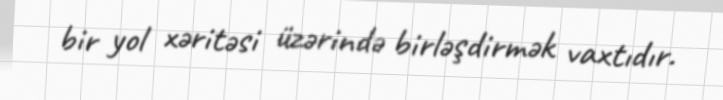
bir yol xəritəsi üzərində birləşdirmək vaxtıdır.